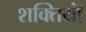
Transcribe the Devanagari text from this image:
शक्तियॉं